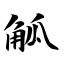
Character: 觚